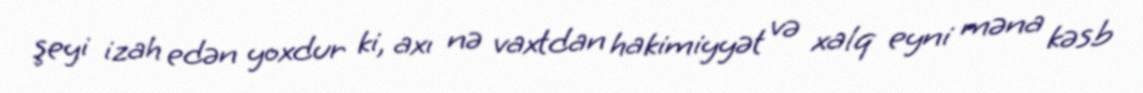
şeyi izah edən yoxdur ki, axı nə vaxtdan hakimiyyət və xalq eyni məna kəsb